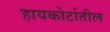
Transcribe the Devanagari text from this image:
हायकोर्टातील